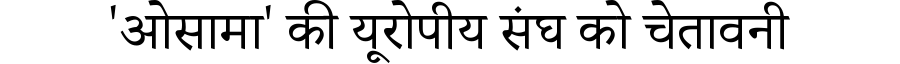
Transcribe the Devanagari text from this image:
'ओसामा' की यूरोपीय संघ को चेतावनी